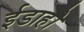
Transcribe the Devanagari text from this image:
ईडाहो